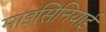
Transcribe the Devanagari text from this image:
माइसिनियाई